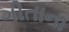
ગીતાના